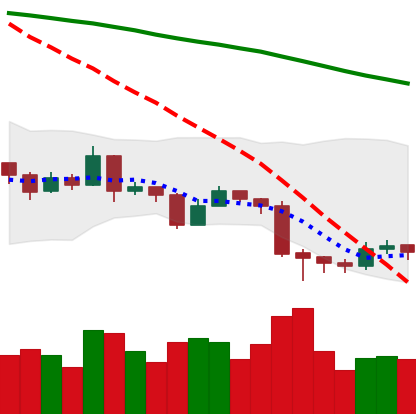
Ticker: EOS-USD
Chart end date: 2019-08-20
Forward return: -3.331%
Label: down_3_5